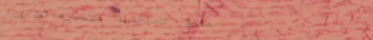
حلول تمويلية ميسرة لشراء